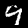
Label: 9